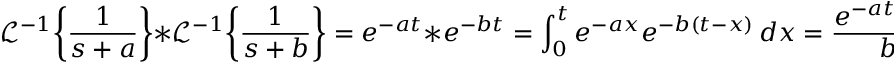
{ \mathcal { L } } ^ { - 1 } \! \left\{ { \frac { 1 } { s + a } } \right\} * { \mathcal { L } } ^ { - 1 } \! \left\{ { \frac { 1 } { s + b } } \right\} = e ^ { - a t } * e ^ { - b t } = \int _ { 0 } ^ { t } e ^ { - a x } e ^ { - b ( t - x ) } \, d x = { \frac { e ^ { - a t } - e ^ { - b t } } { b - a } } .